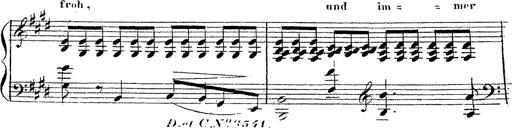
Title: 12 Lieder von Franz Schubert
Composer: Franz Liszt